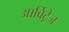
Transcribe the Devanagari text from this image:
आर्बिट्रेज